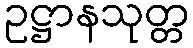
ဥဋ္ဌာနသုတ္တ